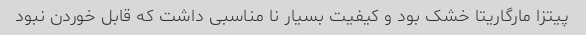
پیتزا مارگاریتا خشک بود و کیفیت بسیار نا مناسبی داشت که قابل خوردن نبود